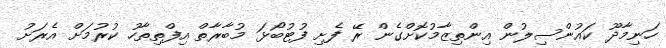
ހަނިމާދޫ ކައުންސިލުން އިންތިޒާމުކޮށްގެން ރޭ ފެށި ފުޓުބޯޅަ މުބާރާތް އިފްތިތާހު ކުރުމަށް އެރަށު